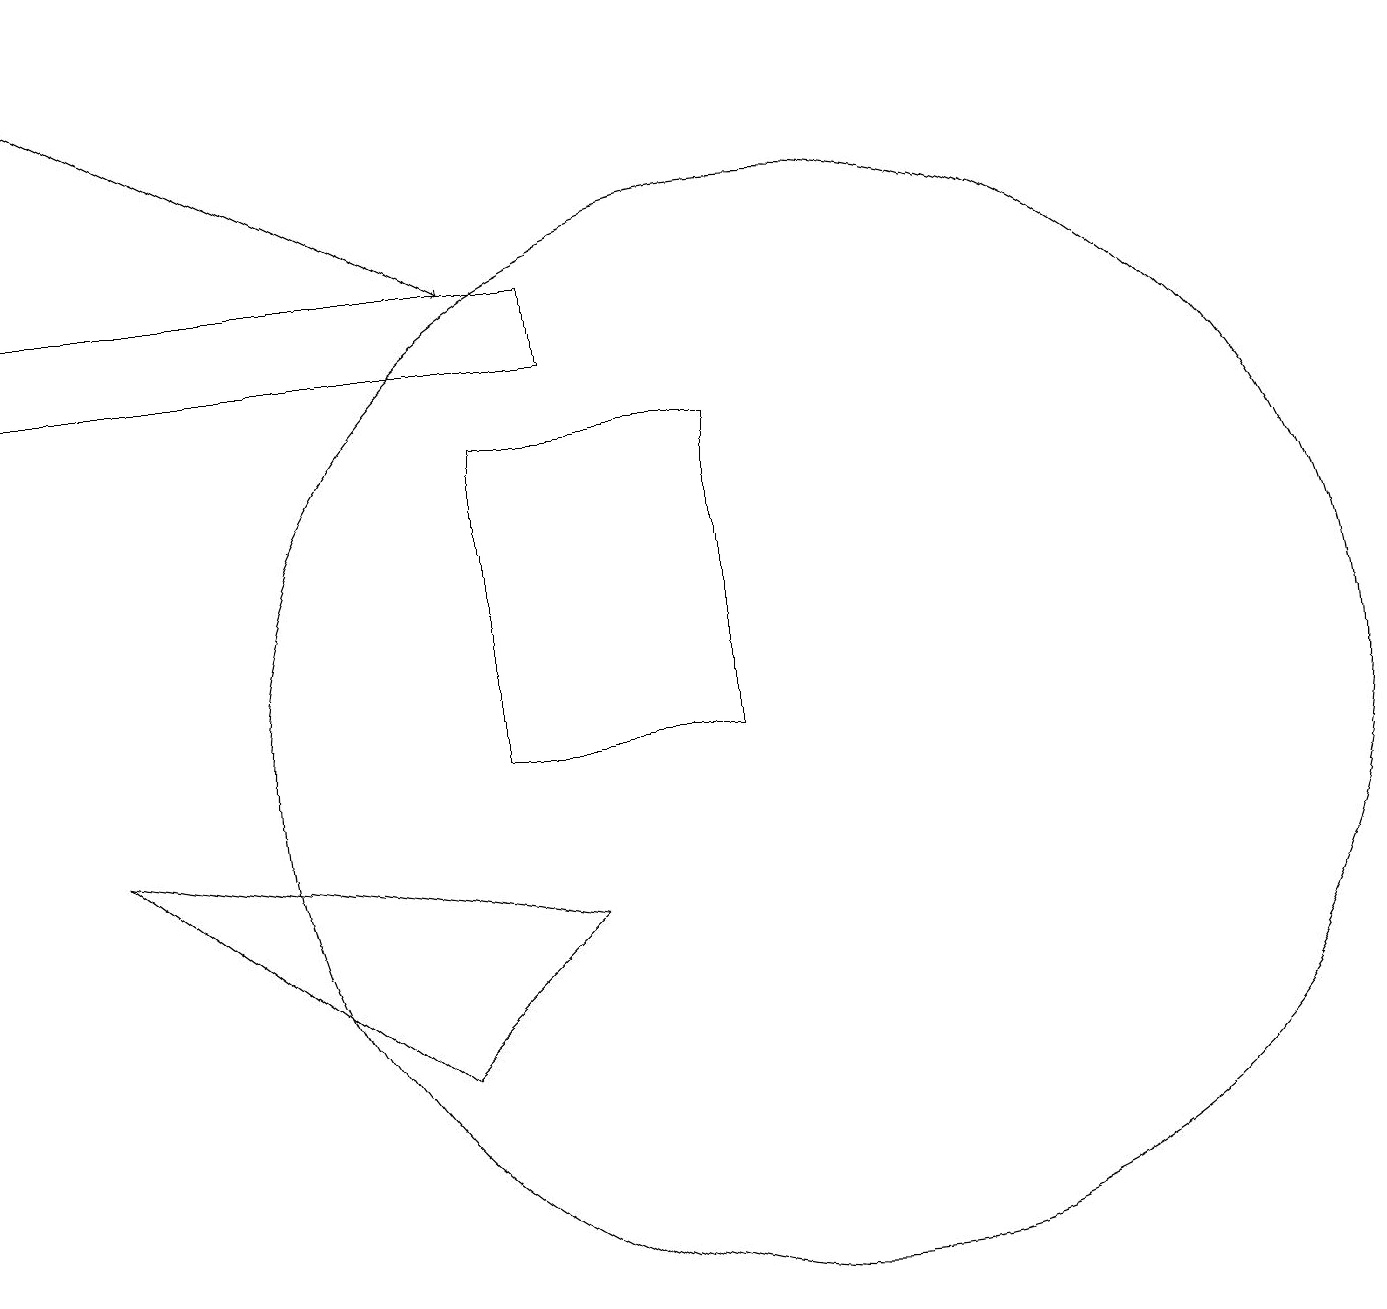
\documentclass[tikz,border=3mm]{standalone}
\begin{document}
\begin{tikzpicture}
\draw[->] (0,19) -- (6,16);
\draw (6,10) rectangle (9,14);
\draw (7,15) rectangle (0,16);
\draw (10,10) circle (7);
\draw (5,6) -- (7,8) -- (1,9) -- cycle;
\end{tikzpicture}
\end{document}